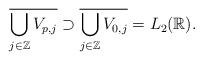
LaTeX: \begin{align*}\overline{ \bigcup_{j \in \mathbb{Z}} V_{p,j} } \supset \overline{ \bigcup_{j \in \mathbb{Z}} V_{0,j} } = L_{2}(\mathbb{R}) .\end{align*}